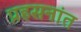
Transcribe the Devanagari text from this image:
प्रहसनांत